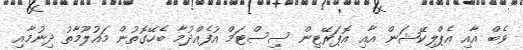
ވެބް އާއި އެޕްލިކޭޝަން އާއި އޮޕަރޭޓިން ސިސްޓަމް އުފެއްދުމާ ބެހޭގޮތުން މައުލޫމާތު ދިނުމާއި